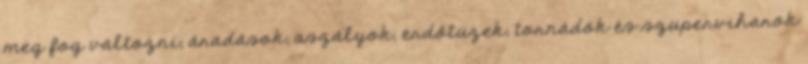
meg fog változni, áradások, aszályok, erdőtüzek, tornádók és szuperviharok